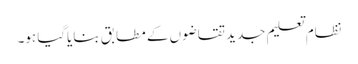
نظام تعلیم جدید تقاضوں کے مطابق بنایاگیا ہو۔